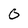
Character: 0